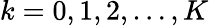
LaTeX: k=0,1,2,\ldots,K